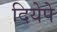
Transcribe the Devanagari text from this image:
दियेपे